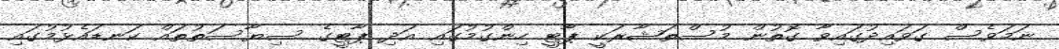
ނަމަވެސް ގަވައިދުގައިވާ ގޮތުން މުސްތަޝާރަކީ ޕާޓީ ހިންގުމުގައި އަދި ޕާޓީގެ ސިޔާސަތުތައް ކަނޑައެޅުމުގައި